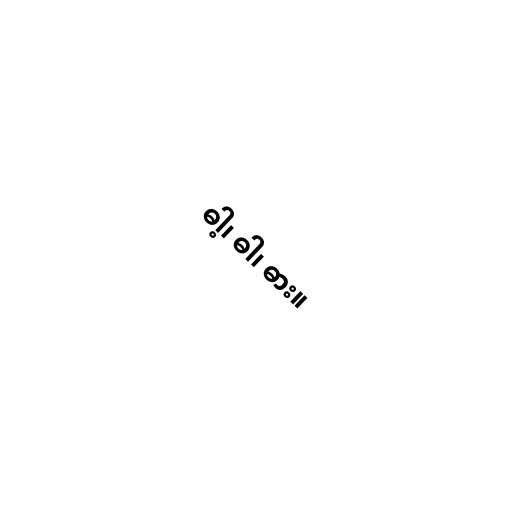
ဓါ့၊ ဓါ၊ ဓား။